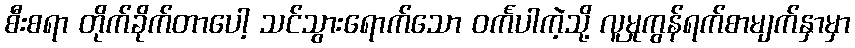
စီးစရာ တိုက်ခိုက်တာပေါ့ သင်သွားရောက်သော ဝင်္ကပါကဲ့သို့ လူမှုကွန်ရက်စာမျက်နှာမှာ